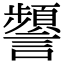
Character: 𧭹